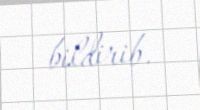
bildirib.